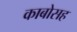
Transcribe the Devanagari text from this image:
काबोसह